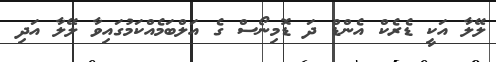
ލޭލާ އަކީ ޑެރެކް އެންޑް ދަ ޑޮމިނޯސް ގެ އަލްބަމެއްކަމުގައިވާ ލޭލާ އަދި